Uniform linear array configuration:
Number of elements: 16
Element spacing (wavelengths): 1
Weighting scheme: hamming
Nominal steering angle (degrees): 0
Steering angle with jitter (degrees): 1.743
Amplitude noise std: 0.05
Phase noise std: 0.05

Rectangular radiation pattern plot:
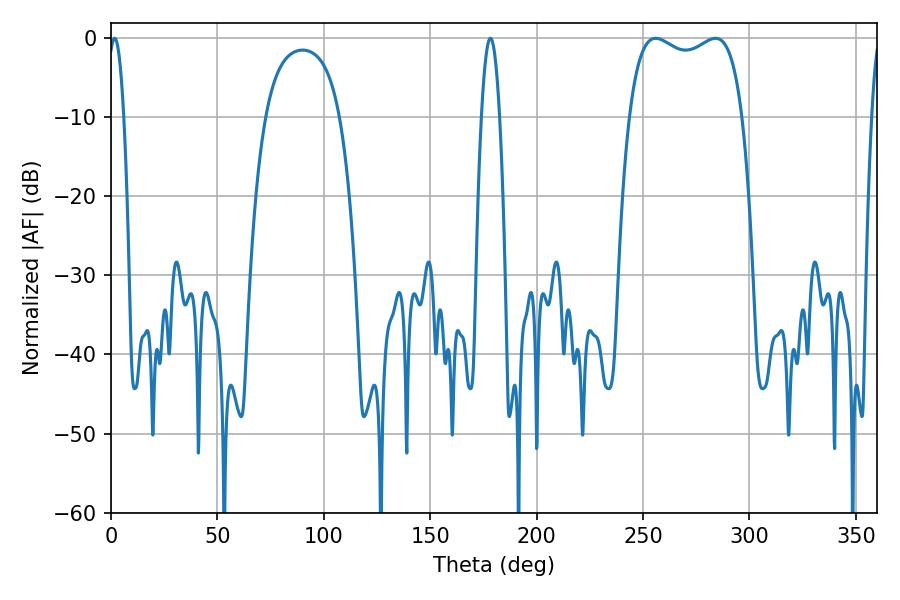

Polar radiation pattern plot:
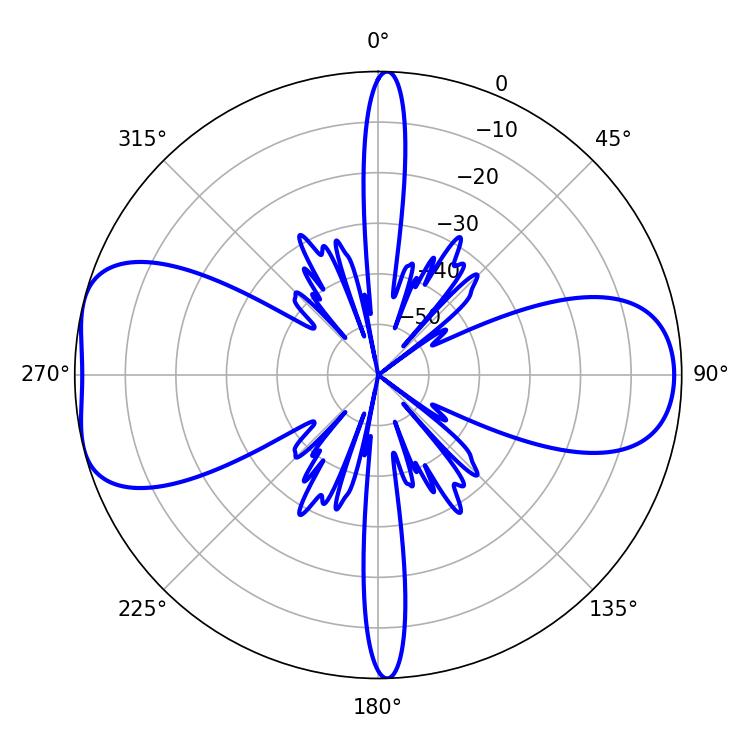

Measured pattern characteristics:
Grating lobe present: TRUE
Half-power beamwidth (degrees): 43.56
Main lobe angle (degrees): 255.96